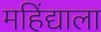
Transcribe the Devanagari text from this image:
महिंद्याला